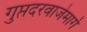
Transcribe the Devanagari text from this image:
गुप्तदरवाजेमार्गे